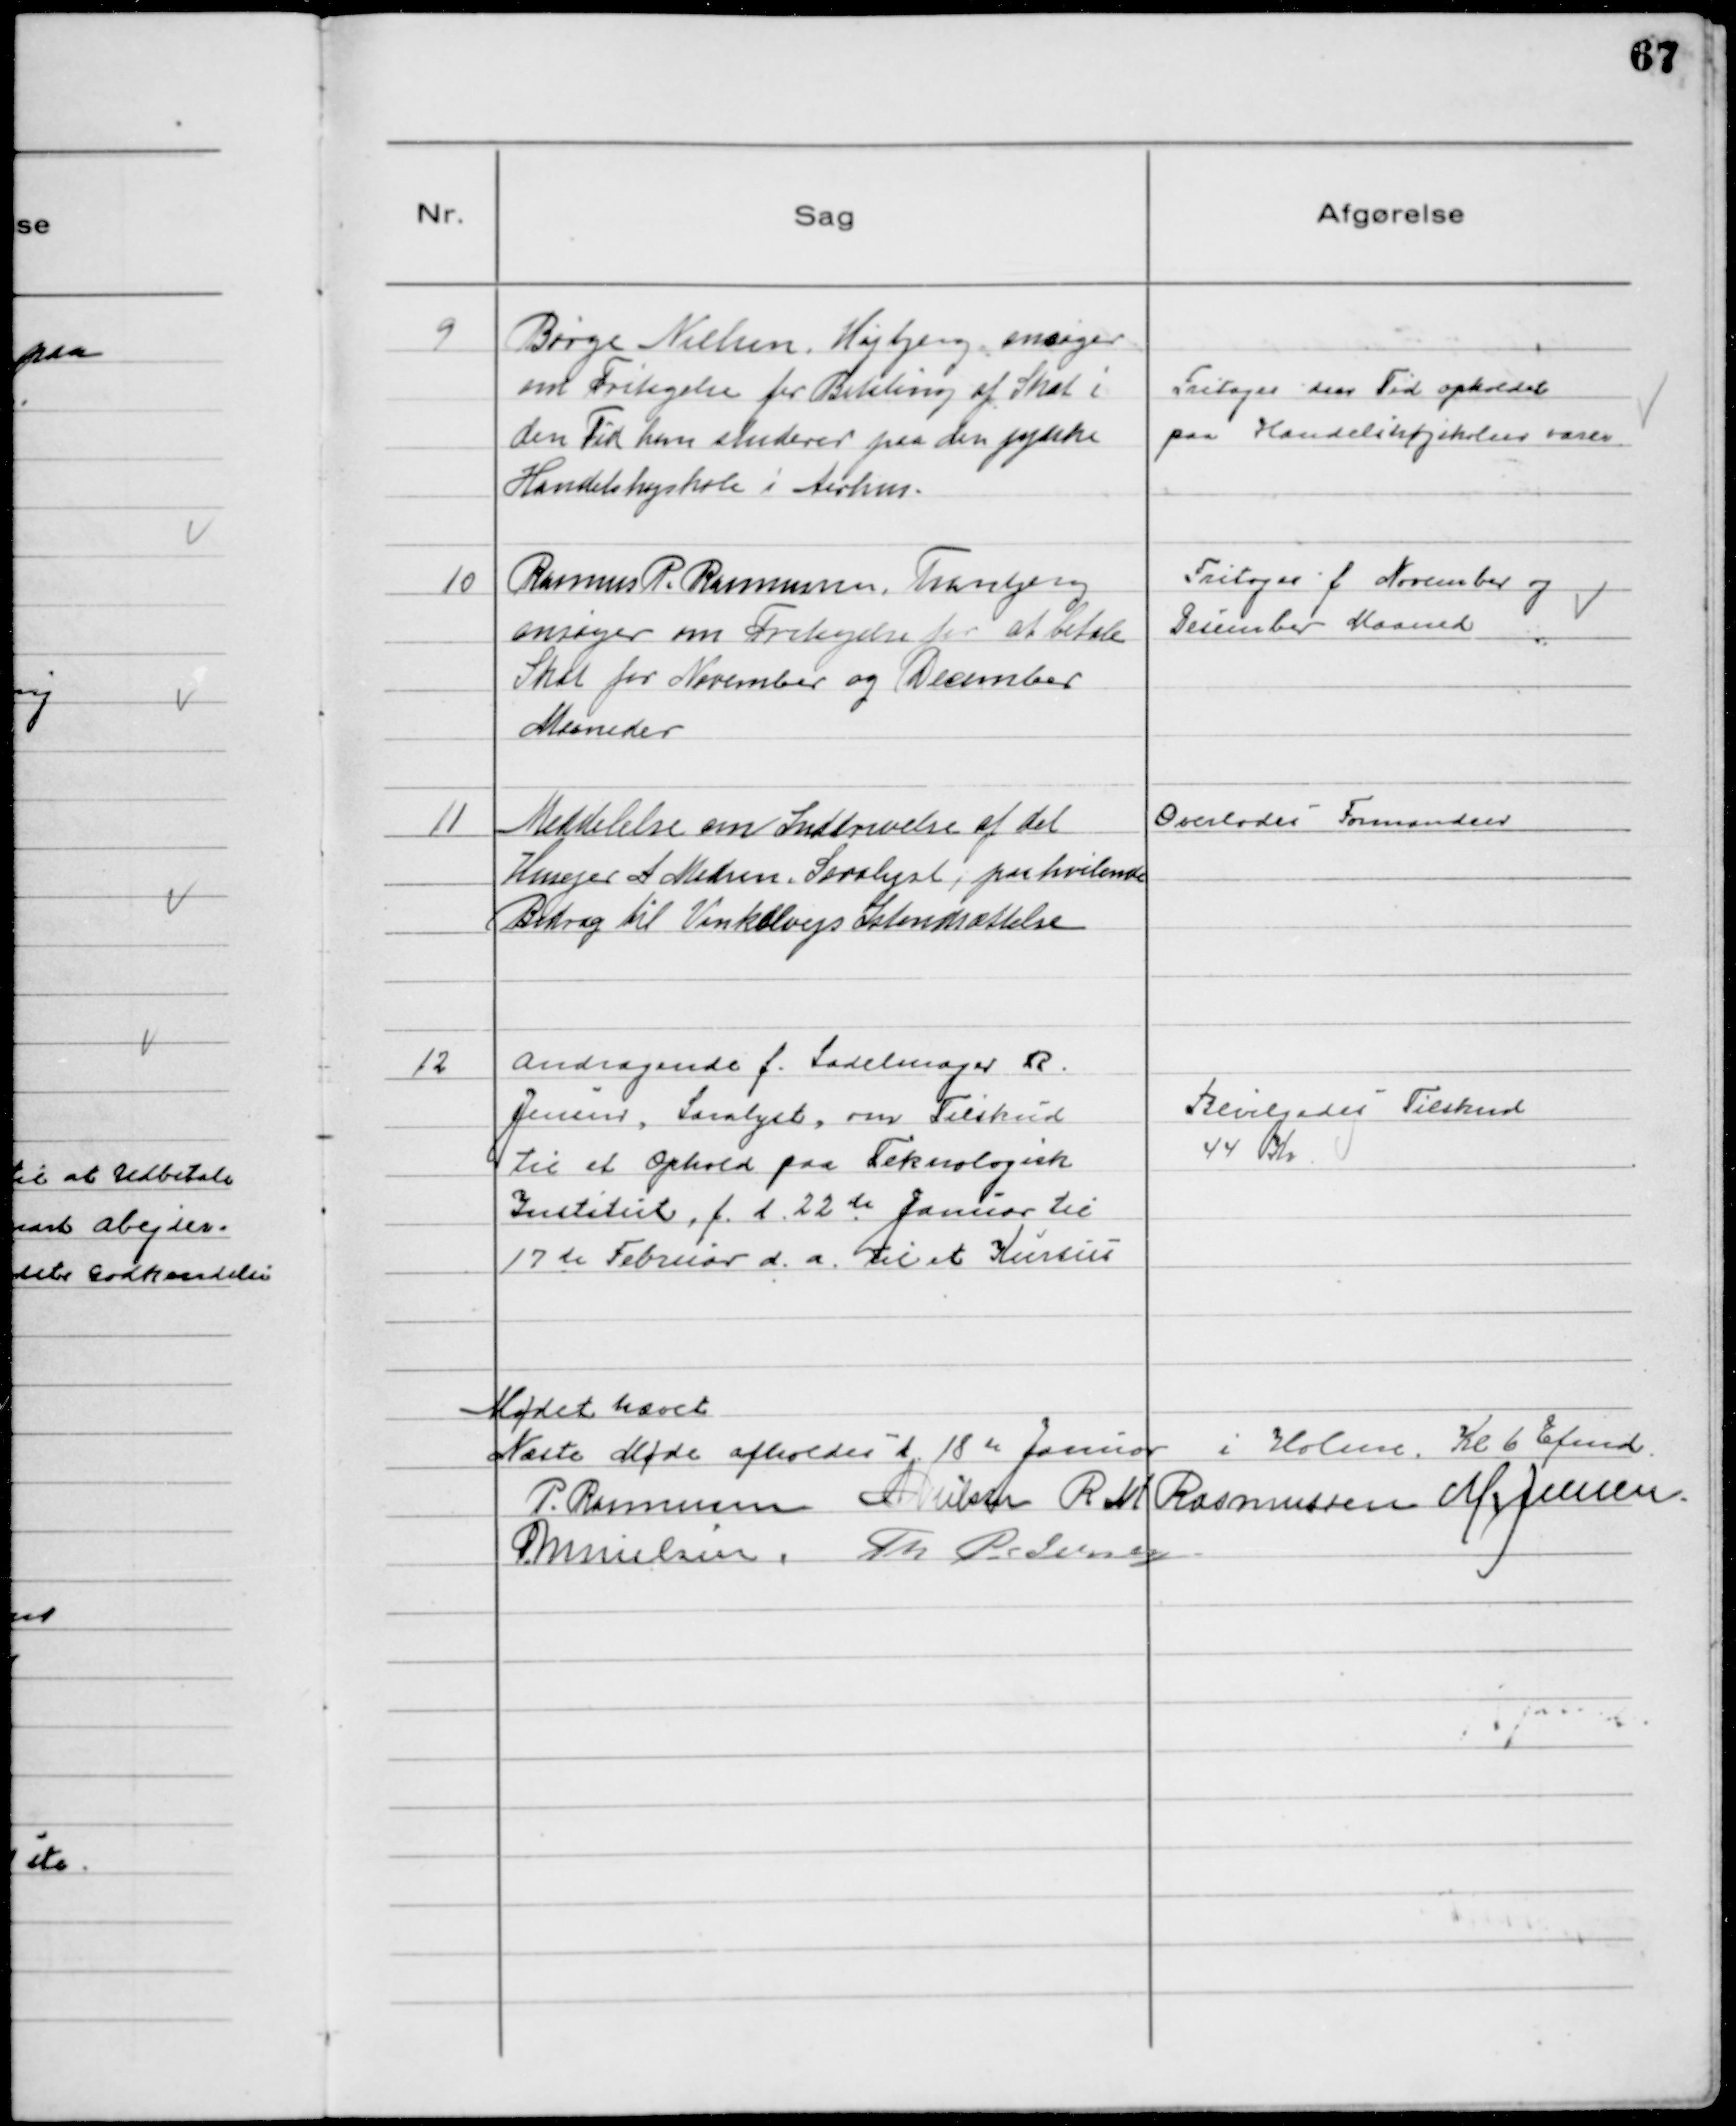
Transskription:
9
Børge Nielsen, Højbjerg, ansøger
om Fritagelse for Betaling af Skat i
den Tid han studerer paa den jydske
Handelshøjskole i Aarhus.

Fritages den Tid opholdet
paa Handelshøjskolen varer

10
Rasmus P. Rasmussen, Tranbjerg
ansøger om Fritagelse for at betale
Skat for November og December
Maaneder

Fritages f November og
December Maaned

11
Meddelelse om Inddrivelse af det
Husejer A Madsen, Saralyst, paahvilende
Bidrag til Vinkelsvejs Istandsættelse

Overlodes Formanden

12
Andragende f. Sadelmager R.
Jensen, Saralyst, om Tilskud
til et Ophold paa Teknologisk
Institut, f. d. 22 de Januar til
17 de Februar d. a. til et Kursus

Bevilgedes Tilskud
44 Kr

Mødet hævet
Næste Møde afholdes d. 18 de Januar i Holme. Kl 6 Efmd
P. Rasmussen NNielsen R M Rasmussen M. Jensen
MNielsen. Th Pedersen